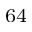
^ { 6 4 }